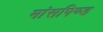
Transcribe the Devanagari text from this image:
मांसपिण्ड